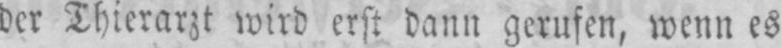
der Thierarzt wird erst dann gerufen, wenn es